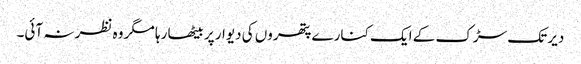
دیر تک سڑک کے ایک کنارے پتھروں کی دیوار پر بیٹھا رہا مگر وہ نظر نہ آئی۔